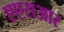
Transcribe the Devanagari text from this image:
एएसआर